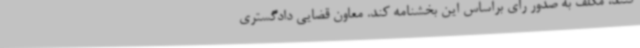
کنند، مکلف به صدور رای براساس این بخشنامه کند. معاون قضایی دادگستری